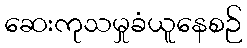
ဆေးကုသမှုခံယူနေစဉ်